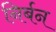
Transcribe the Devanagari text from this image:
निर्बन